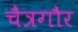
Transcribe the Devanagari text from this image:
चैत्रगौर